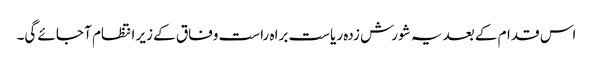
اس قدام کے بعد یہ شورش زدہ ریاست براہ راست وفاق کے زیر انتظام آ جائے گی۔